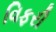
વિફરી